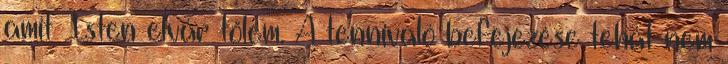
amit Isten elvár tőlem. A tennivaló befejezése tehát nem